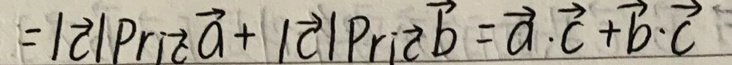
$= \vert \vec{c} \vert \text{Proj}_{\vec{c}}\vec{a}+ \vert \vec{c} \vert \text{Proj}_{\vec{c}}\vec{b}= \vec{a}\cdot\vec{c}+ \vec{b}\cdot\vec{c}$